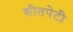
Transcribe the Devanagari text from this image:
शीतपेटी